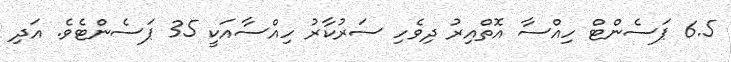
6.5 ޕަސެންޓް ހިއްސާ އޮތްއިރު ދިވެހި ސަރުކާރު ހިއްސާއަކީ 35 ޕަސެންޓެވެ. އަދި